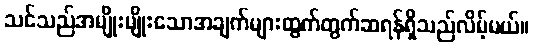
သင်သည်အမျိုးမျိုးသောအချက်များထွက်တွက်ဆရန်ရှိသည်လိမ့်မယ်။